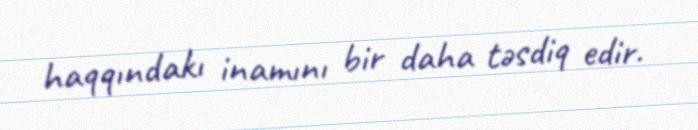
haqqındakı inamını bir daha təsdiq edir.